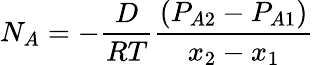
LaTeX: N_{A}=-{\frac{D}{RT}}{\frac{(P_{A2}-P_{A1})}{x_{2}-x_{1}}}